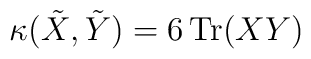
\kappa(\tilde{X},\tilde{Y}) = 6 \, \mbox{Tr}(XY)